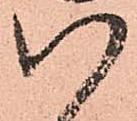
い